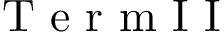
\mathrm { ~ T ~ e ~ r ~ m ~ I ~ I ~ }